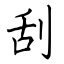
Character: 刮